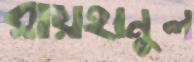
রায়হানুল